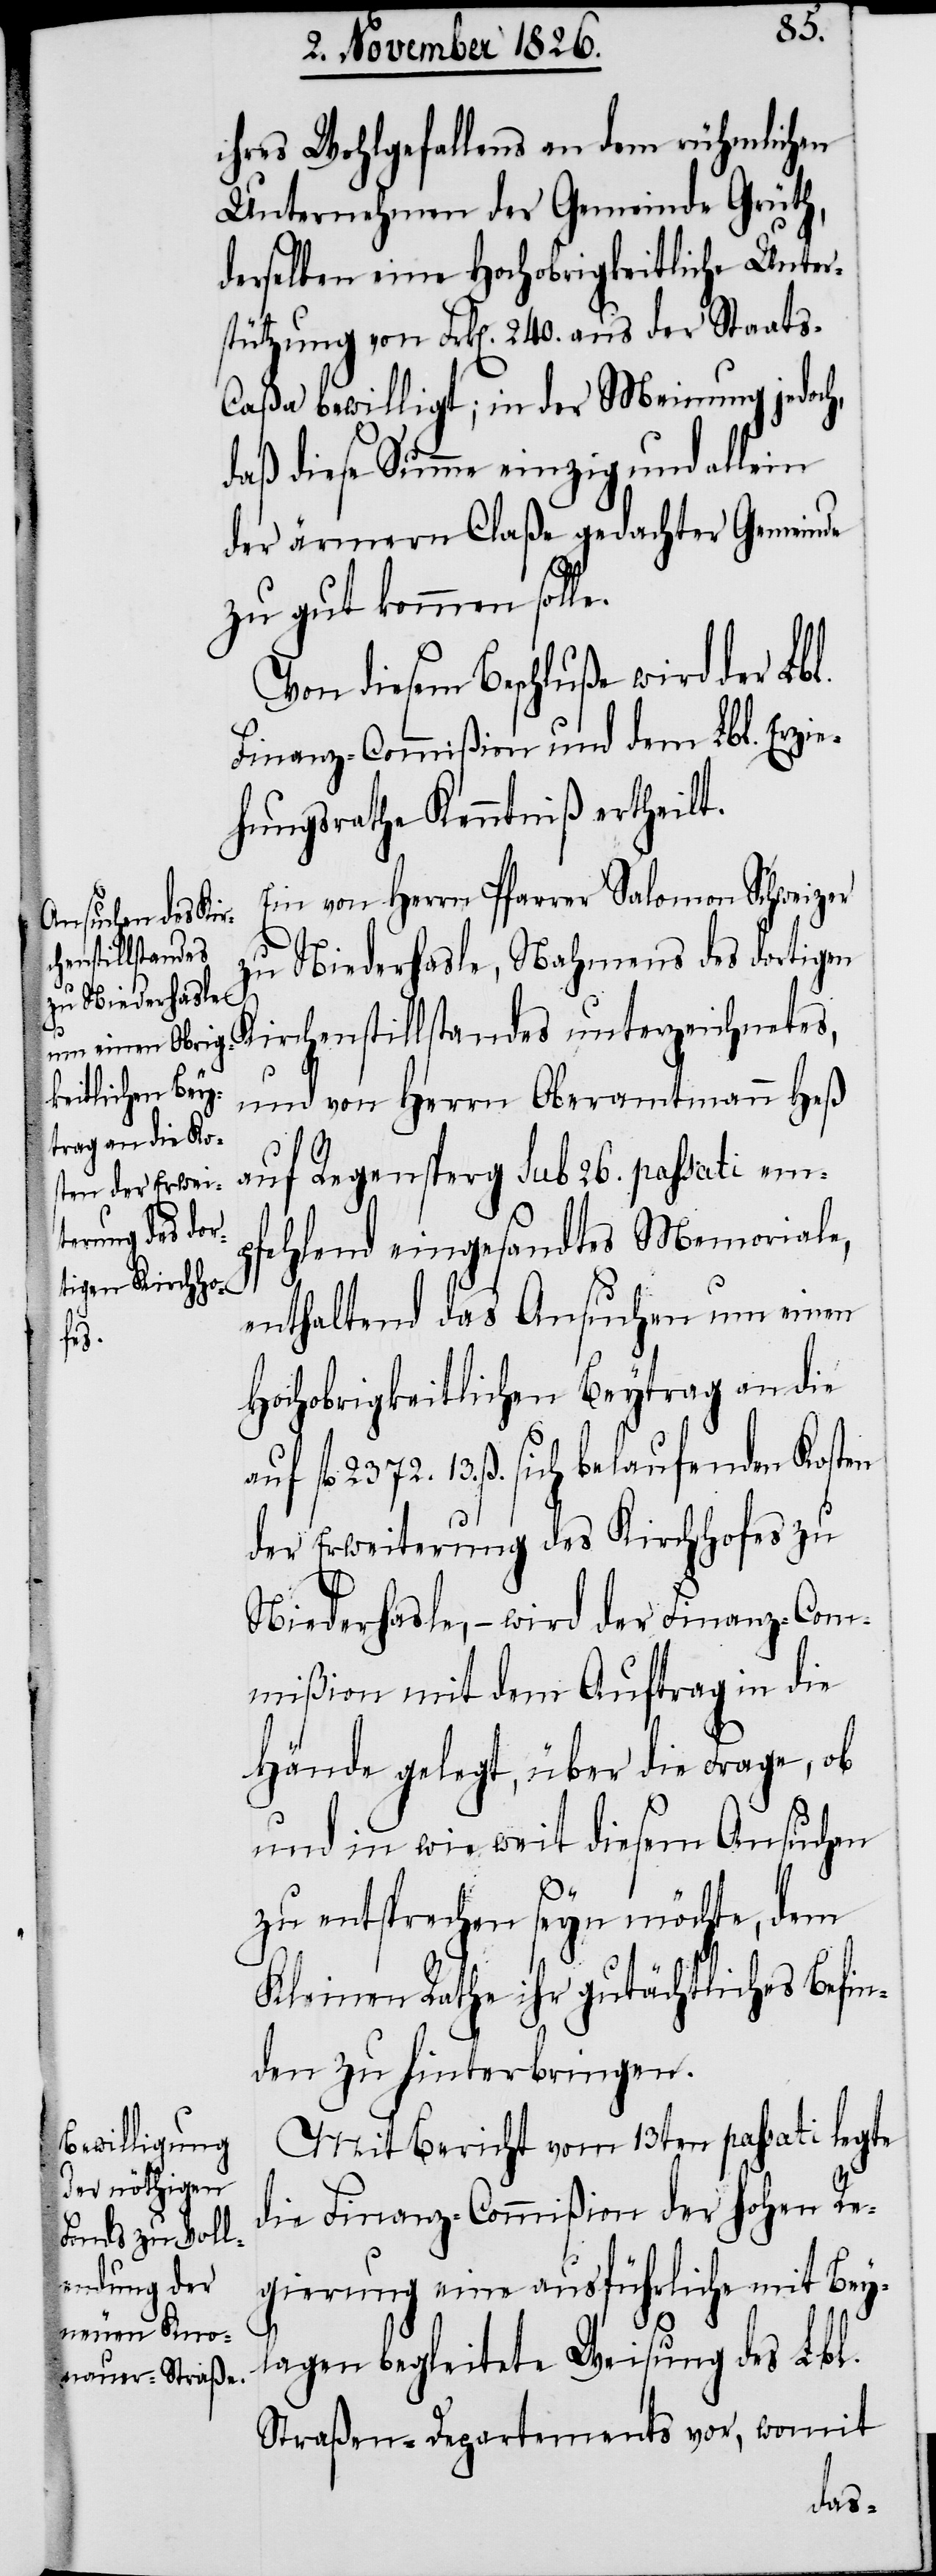
ihres Wohlgefallens an dem rühmlichen
Unternehmen der Gemeinde Grüth,
derselben eine Hochobrigkeitliche Unter¬
stützung von Frk[en]. 240. aus der Staats-C¬
aßa bewilligt; in der Meinung jedoch,
daß diese Summe einzig und allein
der ärmern Claße gedachter Gemeinde
zu gut kommen soll¬
Von diesem Beschluße wird der Lbl.
Finanz-Commißion und dem Lbl. Erzie¬
hungsrathe Kenntniß ertheilt.
Ein von Herrn Pfarrer Salomon Schweizer
zu Niederhasle, Nahmens des dortigen
Kirchenstillstandes unterzeichnetes,
e.
und von Herrn Oberamtmann Heß
auf Regensperg sub 26. passati em¬
pfehlend eingesandtes Memoriale,
enthaltend das Ansuchen um einen
Hochobrigkeitlichen Beytrag an die
fl. 2372. 13. ß. sich belaufenden Kosten
der Erweiterung des Kirchhofes zu
Niederhasle, – wird der Finanz-Com¬
mißion mit dem Auftrag in die
Hände gelegt, über die Frage, ob
und in wie weit diesem Ansuchen
zu entsprechen seyn möchte, dem
Kleinen Rathe ihr gutächtliches Befin¬
den zu hinterbringen.
Mit Bericht vom 13ten passati legte
die Finanz-Commißion der hohen Re¬
gierung eine ausführliche mit Bey¬
lagen begleitete Weisung des Lbl.
Straßen-Departements vor, womit